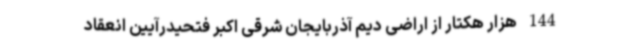
144 هزار هکتار از اراضی دیم آذربایجان شرقی اکبر فتحیدرآیین انعقاد